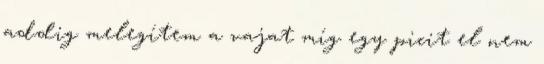
addig melegítem a vajat míg egy picit el nem